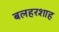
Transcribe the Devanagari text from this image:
बलहरशाह